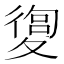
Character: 𡕴